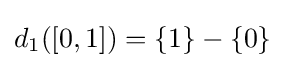
d_{1}([0,1])=\{1\}-\{0\}